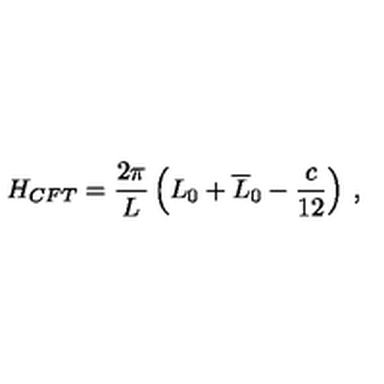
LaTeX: H _ { C F T } = \displaystyle \frac { 2 \pi } { L } \left( L _ { 0 } + \overline { { L } } _ { 0 } - \displaystyle \frac { c } { 1 2 } \right) \: ,